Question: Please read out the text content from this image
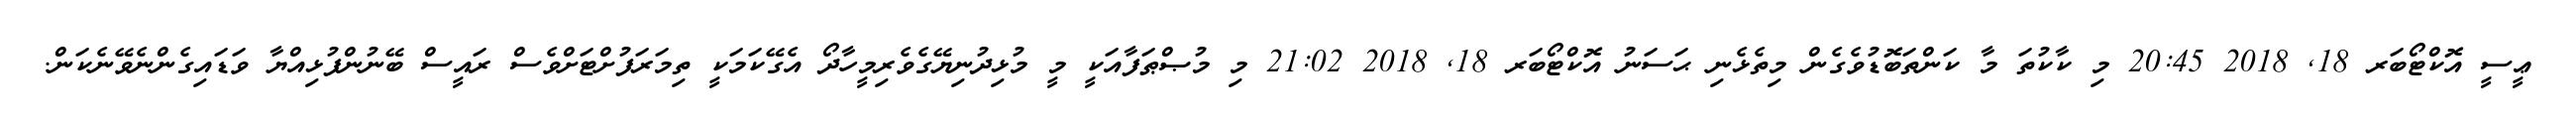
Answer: ޢީސީ އޮކްޓޯބަރ 18, 2018 20:45 މި ކާކުތަ މާ ކަންތަބޮޑުވެގެން މިތެޅެނި ޙަސަނު އޮކްޓޯބަރ 18, 2018 21:02 މި މުޞްޠަފާއަކީ މީ މުޅިދުނިޔޭގެވެރިމީހާދޯ އެގޭކަމަކީ ތިމަރަފުށްޓަށްވެސް ރައީސް ބޭނުންފުޅިއްޔާ ވަޑައިގެންނެވޭނެކަން.